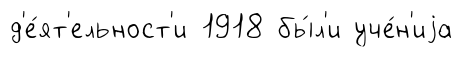
д'е́ят'ельност'и 1918 бы́л'и уче́н'иjа